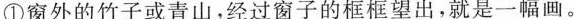
一幅画。